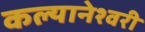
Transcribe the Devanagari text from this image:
कल्यानेश्वरी